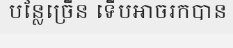
បន្លែច្រើន ទើបអាចរកបាន